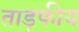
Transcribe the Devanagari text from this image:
ताड़फीय